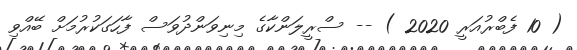
( 10 ފެބްރުއަރީ 2020 ) -- ސްރީލަންކާގެ މިނިވަންދުވަސް ފާހަގަކުރުމަށް ބޭއްވި